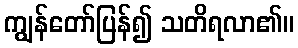
ကျွန်တော်ပြန်၍ သတိရလာ၏။